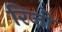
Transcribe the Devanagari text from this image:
रिज़ी